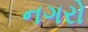
નગરો